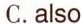
C.also